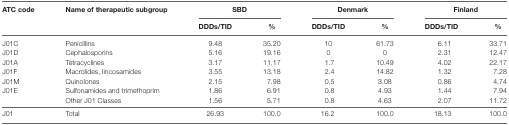
| <ROWSPAN=2> ATC code | <ROWSPAN=2> Name of therapeutic subgroup | <COLSPAN=2> SBD | <COLSPAN=2> Denmark | <COLSPAN=2> Finland |
 | DDDs/TID | % | DDDs/TID | % | DDDs/TID | % |
 | --- | --- | --- | --- | --- | --- | --- | --- |
 | J01C | Penicillins | 9.48 | 35.20 | 10 | 61.73 | 6.11 | 33.71 |
 | J01D | Cephalosporins | 5.16 | 19.16 | 0 | 0 | 2.31 | 12.47 |
 | J01A | Tetracyclines | 3.17 | 11.17 | 1.7 | 10.49 | 4.02 | 22.17 |
 | J01F | Macrolides, lincosamides | 3.55 | 13.18 | 2.4 | 14.82 | 1.32 | 7.28 |
 | J01M | Quinolones | 2.15 | 7.98 | 0.5 | 3.08 | 0.86 | 4.74 |
 | J01E | Sulfonamides and trimethoprim | 1.86 | 6.91 | 0.8 | 4.93 | 1.44 | 7.94 |
 |  | Other J01 Classes | 1.56 | 5.71 | 0.8 | 4.63 | 2.07 | 11.72 |
 | J01 | Total | 26.93 | 100.0 | 16.2 | 100.0 | 18.13 | 100.0 |